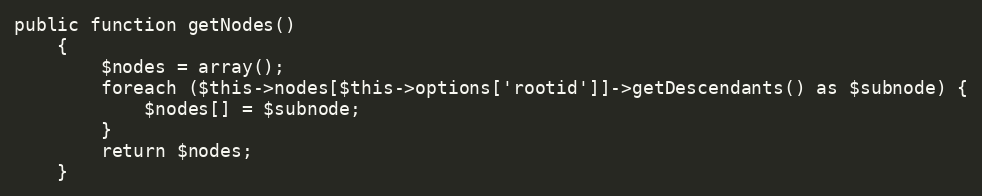
Language: PHP
public function getNodes()
    {
        $nodes = array();
        foreach ($this->nodes[$this->options['rootid']]->getDescendants() as $subnode) {
            $nodes[] = $subnode;
        }
        return $nodes;
    }